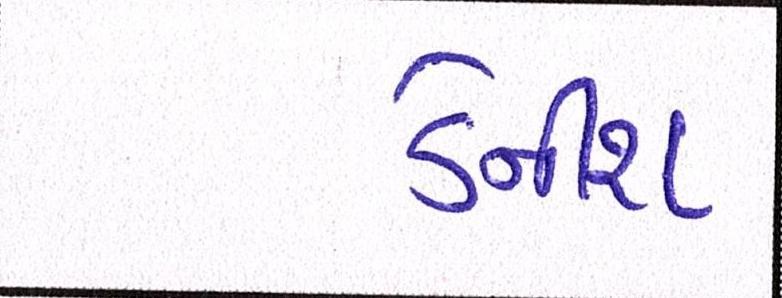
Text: ડેનીશ